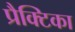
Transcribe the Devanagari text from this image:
प्रैक्टिका